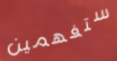
ستفهمين